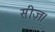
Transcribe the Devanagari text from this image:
सीज़।